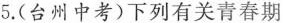
5. (台州中考)下列有关青春期